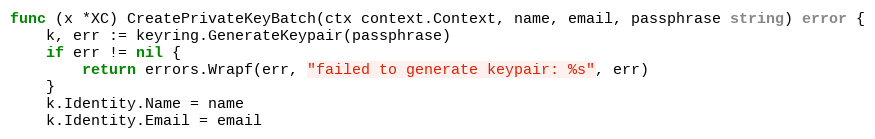
Language: Go
func (x *XC) CreatePrivateKeyBatch(ctx context.Context, name, email, passphrase string) error {
	k, err := keyring.GenerateKeypair(passphrase)
	if err != nil {
		return errors.Wrapf(err, "failed to generate keypair: %s", err)
	}
	k.Identity.Name = name
	k.Identity.Email = email